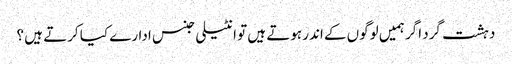
دہشت گرد اگر ہمیں لوگوں کے اندر ہوتے ہیں تو انٹیلی جنس ادارے کیا کرتے ہیں ؟